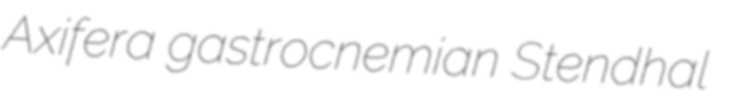
Axifera gastrocnemian Stendhal